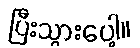
ပြီးသွားပေါ့။